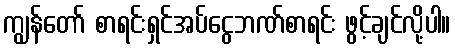
ကျွန်တော် စာရင်းရှင်အပ်ငွေဘဏ်စာရင်း ဖွင့်ချင်လို့ပါ။